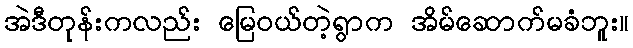
အဲဒီတုန်းကလည်း မြေဝယ်တဲ့ရွာက အိမ်ဆောက်မခံဘူး။